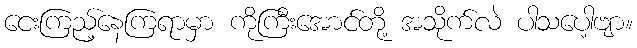
ငေးကြည့်နေကြရာမှာ ကိုကြီးအောင်တို့ အသိုက်လဲ ပါသပေါ့ဗျာ။